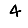
Digit: 4